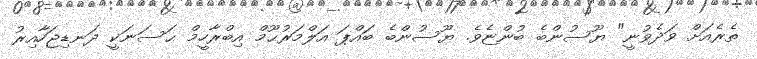
ތެރެއަށް ވަދެވުނީ" ޔޫސުންބެ ބުންޏެވެ. ޔޫސުންބެ ބައްޕަ އަލްމަރުޙޫމް އިބްރާހީމް ޙަސަނަކީ ދަނޑިޖަހާއިރު